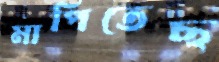
মাপিতেছ